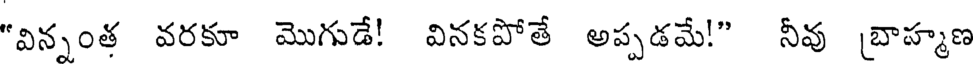
"విన్నంత వరకూ మొగుడే! వినకపోతే అప్పడమే!" నీవు (బాహ్మణ